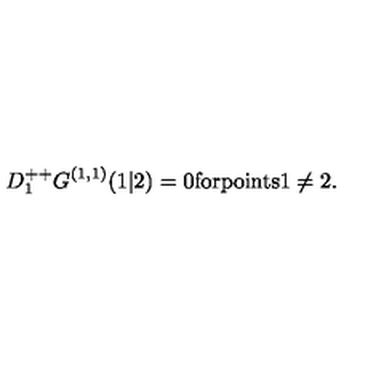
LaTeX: D _ { 1 } ^ { + + } G ^ { ( 1 , 1 ) } ( 1 \vert 2 ) = 0 \mathrm { f o r p o i n t s 1 \neq 2 . }